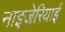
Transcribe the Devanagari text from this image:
नाइजेरियाई